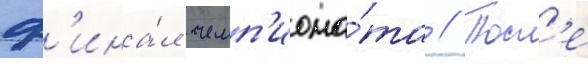
ф'ина́л чемп'иона́та // Посл'е